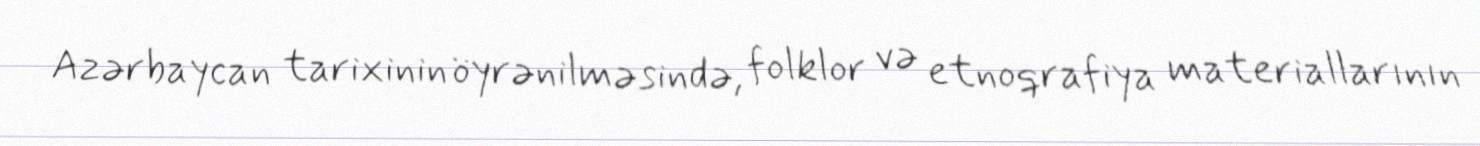
Azərbaycan tarixinin öyrənilməsində, folklor və etnoqrafiya materiallarının